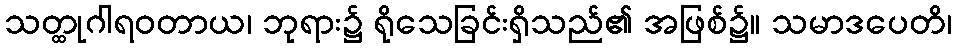
သတ္ထုဂါရဝတာယ၊ ဘုရား၌ ရိုသေခြင်းရှိသည်၏ အဖြစ်၌။ သမာဒပေတိ၊